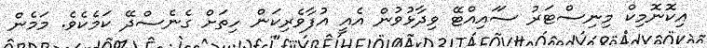
އިކޮނޮމިކް މިނިސްޓަރު ސަައިއްޓޭ ވިދާޅުވުން އެއީ އުފާވެރިކަން ހިތަށް ގެނެސްދޭ ކަމެކެވެ. މަމެން